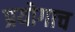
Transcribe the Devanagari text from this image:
प्रयोगाच